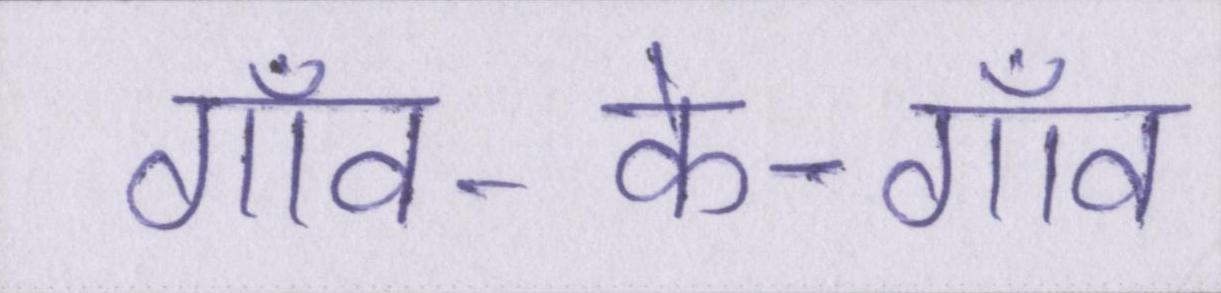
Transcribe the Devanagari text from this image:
गाँव-के-गाँव